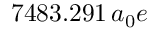
7 4 8 3 . 2 9 1 \, a _ { 0 } e